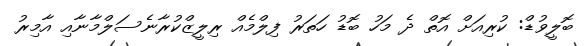
ބޮލީވުޑް: ކުރިއަށް އޮތް ދެ މަހު ބޮޑު ހަތަރު ފިލްމެއް ރިލީޒްކުރާނެސަލްމާނާއި އާމިރު